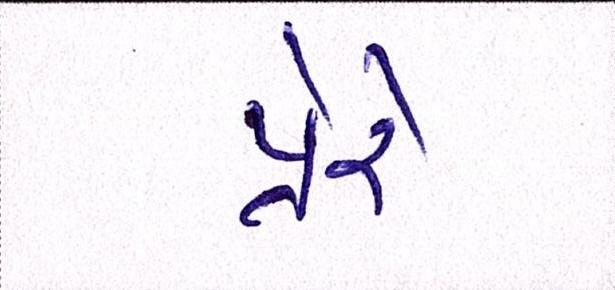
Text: પ્રેરે